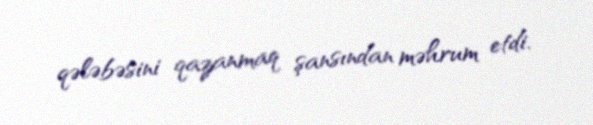
qələbəsini qazanmaq şansından məhrum etdi.